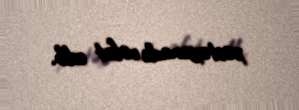
xəstəxanada vəfat edib.